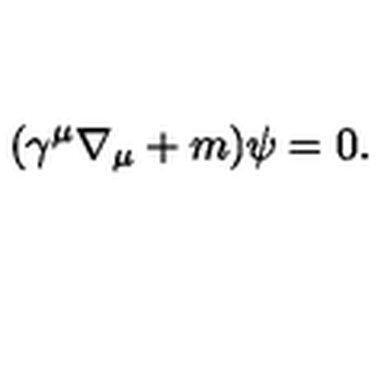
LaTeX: ( \gamma ^ { \mu } \nabla _ { \mu } + m ) \psi = 0 .